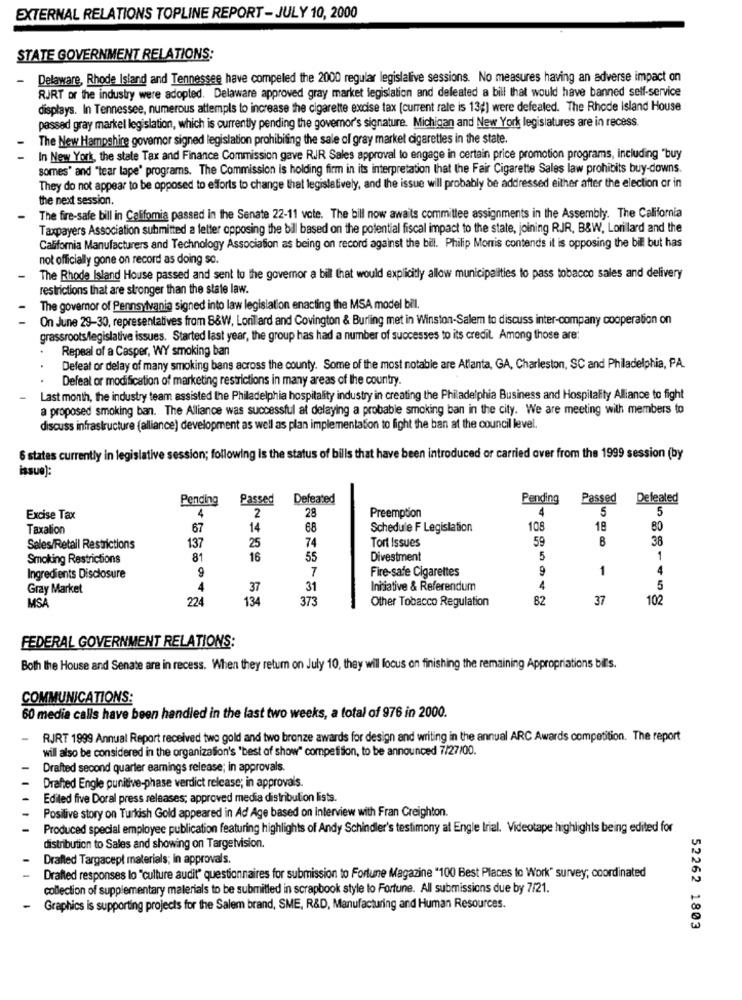
EXTERNAL RELATIONS TOPLINE REPORT - JULY 10, 2000
STATE GOVERNMENT RELATIONS:
Delaware, Rhode Island and Tennessee have compeled the 2000 regular legislalive sessions. No measures having an adverse impact on
RJRT or the industry were adopted. Delaware approved gray market legislation and defeated a bill that would have banned self-service
displays. In Tennessee, numerous attempls to increase the cigarette excise tax (current rate is 13g) were defeated. The Rhode Island House
passed gray markel legislation, which is currently pending the governor's signature. Michigan and New York legislatures are in recess.
The New Hampshire governor signed legislation prohibiting the sale of gray market cigarettes in the state.
In New York, the state Tax and Finance Commission gave RIR Sales approval to engage in certain price promotion programs, including "buy
somes' and "tear lape' programs. The Commission is holding firm in its interpretation that the Fair Cigarette Sales law prohibits buy-downs.
They do not appear to be opposed to efforts to change that legislatively, and the issue will probably be addressed either after the election or in
the next session.
The fire-safe bill in Califomia passed in the Senate 22-11 vote. The bill now awaits committee assignments in the Assembly. The California
Taxpayers Association submitted a felter opposing the bill based on the potential fiscal impact to the state, joining RJR, B&W, Lorillard and the
California Manufacturers and Technology Association as being on record against the bill. Philip Morris contends it is opposing the bill but has
not officially gone on record as doing so.
The Rhode Island House passed and sent to the governor a bill that would explicitly allow municipalities to pass tobacco sales and delivery
restrictions that are stronger than the state law.
The governor of Pennsylvania signed into law legislation enacting the MSA model bil.
On June 29-30, representatives from 8&W, Lorillard and Covington & Burling met in Winston-Salem to discuss inter-company cooperation on
grassroots/legislative issues. Started last year, the group has had a number of successes to its credit. Among those are:
Repeal of a Casper, WY smoking ban
Defeat or delay of many smoking bans across the county. Some of the most notable are Atlanta, GA, Charleston, SC and Philadelphia, PA.
Defeal or modification of marketing restrictions in many areas of the country.
Last month, the industry team assisted the Philadelphia hospitality industry in creating the Philadelphia Business and Hospitality Alliance to fight
a proposed smoking ban. The Alliance was successful at delaying a probable smoking ban in the city. We are meeting with members to
discuss infrastructure (alliance) development as well as plan implementation to fight the ban at the council level.
6 states currently in legislative session; following is the status of bills that have been introduced or carried over from the 1999 session (by
issue]:
Pending
Passed
Defeated
Pending
Passed
Defeated
4
4
5
5
Excise Tax
2
28
Preemption
Taxalion
67
14
68
Schedule F Legislation
108
18
80
37
25
74
Tort Issues
59
B
38
Sales/Retail Restrictions
Smoking Restrictions
8
16
55
Divestment
5
1
9
7
Fire-safe Cigarettes
9
1
4
Ingredients Disclosure
Gray Market
4
37
31
Initiative & Referendum
5
MSA
224
134
373
Other Tobacco Regulation
82
37
102
FEDERAL GOVERNMENT RELATIONS:
Both the House and Senate are in recess. When they retum on July 10, they wil focus on finishing the remaining Appropriations bils.
COMMUNICATIONS:
60 media calls have been handled in the last two weeks, a total of 976 in 2000.
RJRT 1999 Annual Report received two gold and two bronze awards for design and writing in the annual ARC Awards competition. The report
will also be considered in the organization's 'best of show" compefision, to be announced 7/27/00.
Drafted second quarter earnings release; in approvals.
Drafted Engle punitive-phase verdict release; in approvals.
Edited five Doral press releases; approved media distribution lists.
Positive story on Turkish Gold appeared in Ad Age based on interview with Fran Creighton.
Produced special employee publication featuring highlights of Andy Schindler's testimony at Engle Irial. Videotape highlights being edited for
distribution to Sales and showing on Targetvision.
Drafted Targacept materials; in approvals.
Drafted responses lo "culture audit" questionnaires for submission to Fortune Magazine "100 Best Places to Work" survey; coordinated
collection of supplementary malerials to be submitted in scrapbook style to Fortune. All submissions due by 7/21.
Graphics is supporting projects for the Salem brand, SME, R&D, Manufacturing and Human Resources.
52262 1803